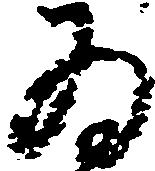
為